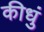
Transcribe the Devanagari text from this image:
कीधुं